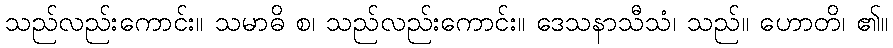
သည်လည်းကောင်း။ သမာဓိ စ၊ သည်လည်းကောင်း။ ဒေသနာသီသံ၊ သည်။ ဟောတိ၊ ၏။